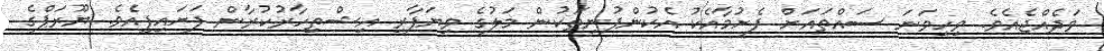
ވަދެއްޖެއެވެ. ވިހިވަނަ ސައްތައަށް ފެށުމާއެކު އެކުންފުނިތަކުން މަލުގެ ވިޔަފާރި އިޝްތިހާރުކުރާން ފަށައިފިއެވެ. ޔޫރަޕްގެ